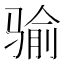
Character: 𩨈